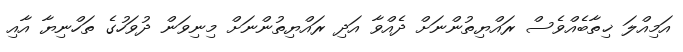
އަމިއްލަ ޚިތާބެއްވެސް ރައްޔިތުންނަށް ދެއްވާ އަދި ރައްޔިތުންނަށް މިނިވަން ދުވަހުގެ ތަހްނިޔާ އާއި